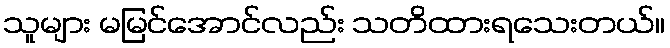
သူများ မမြင်အောင်လည်း သတိထားရသေးတယ်။